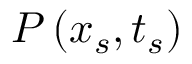
P \left( x _ { s } , t _ { s } \right)